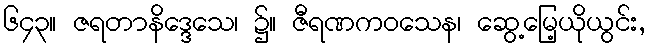
၆၄၃။ ဇရတာနိဒ္ဒေသေ၊ ၌။ ဇီရဏကဝသေန၊ ဆွေ့မြေ့ယိုယွင်း,